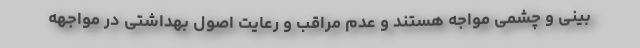
بینی و چشمی مواجه هستند و عدم مراقب و رعایت اصول بهداشتی در مواجهه